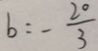
b = - \frac { 2 0 } { 3 }